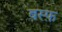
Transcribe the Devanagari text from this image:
बस्फ़